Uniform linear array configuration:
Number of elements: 8
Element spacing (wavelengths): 0.25
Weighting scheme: hann
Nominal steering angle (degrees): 60
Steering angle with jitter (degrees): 58.662
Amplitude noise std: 0.05
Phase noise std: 0.05

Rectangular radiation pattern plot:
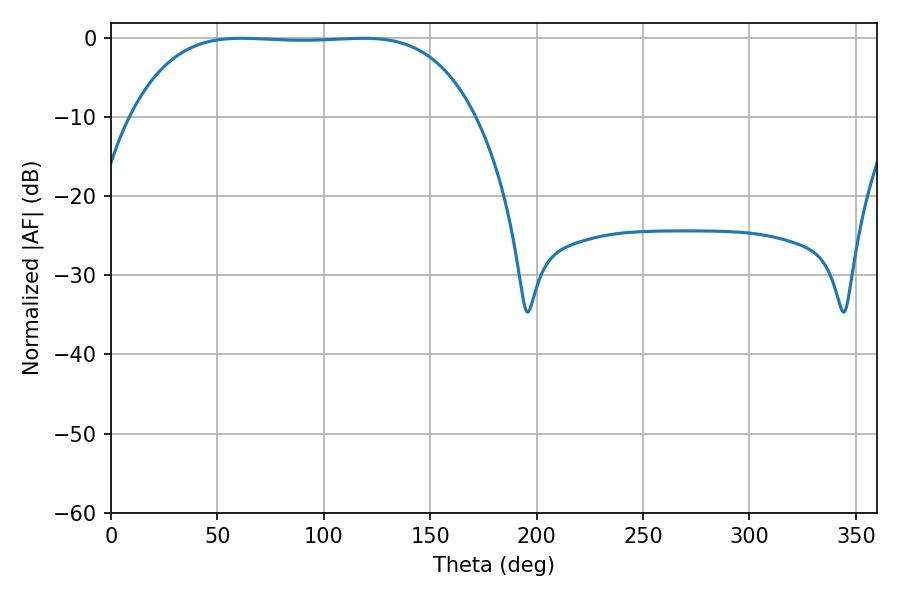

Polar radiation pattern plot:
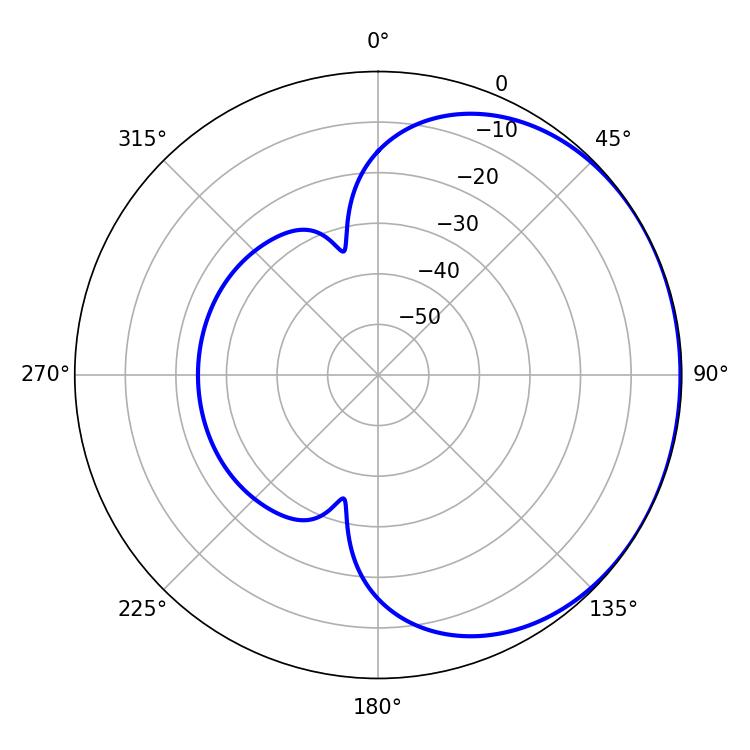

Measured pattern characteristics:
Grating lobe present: FALSE
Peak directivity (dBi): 0.7183
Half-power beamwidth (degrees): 125.28
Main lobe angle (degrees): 61.38